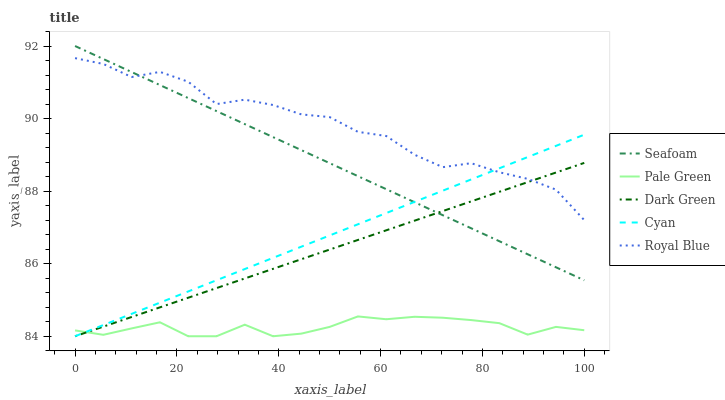
| xaxis_label | Seafoam | Pale Green | Dark Green | Cyan | Royal Blue |
 | --- | --- | --- | --- | --- | --- |
 | 0 | 92 | 84.2 | 84 | 84 | 91.7 |
 | 5.56 | 91.6 | 84 | 84.3 | 84.3 | 91.5 |
 | 11.1 | 91.3 | 84.2 | 84.5 | 84.6 | 91.1 |
 | 16.7 | 90.9 | 84.4 | 84.8 | 84.9 | 91.3 |
 | 22.2 | 90.6 | 84 | 85.1 | 85.2 | 91 |
 | 27.8 | 90.2 | 84 | 85.3 | 85.5 | 90.4 |
 | 33.3 | 89.8 | 84.3 | 85.6 | 85.9 | 90.5 |
 | 38.9 | 89.5 | 84 | 85.9 | 86.2 | 90.4 |
 | 44.4 | 89.1 | 84.1 | 86.1 | 86.5 | 90.1 |
 | 50 | 88.8 | 84.3 | 86.4 | 86.8 | 90 |
 | 55.6 | 88.4 | 84.5 | 86.7 | 87.1 | 89.6 |
 | 61.1 | 88.1 | 84.5 | 86.9 | 87.4 | 89.5 |
 | 66.7 | 87.7 | 84.5 | 87.2 | 87.7 | 89 |
 | 72.2 | 87.3 | 84.5 | 87.5 | 88 | 88.7 |
 | 77.8 | 87 | 84.4 | 87.7 | 88.3 | 88.8 |
 | 83.3 | 86.6 | 84.4 | 88 | 88.6 | 88.5 |
 | 88.9 | 86.3 | 84 | 88.2 | 88.9 | 88.3 |
 | 94.4 | 85.9 | 84.3 | 88.5 | 89.2 | 88 |
 | 100 | 85.5 | 84.2 | 88.8 | 89.6 | 87.2 |